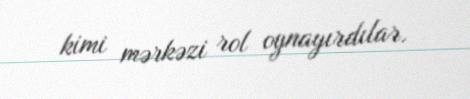
kimi mərkəzi rol oynayırdılar.